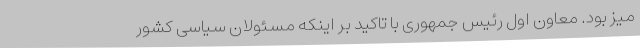
میز بود. معاون اول رئیس جمهوری با تاکید بر اینکه مسئولان سیاسی کشور